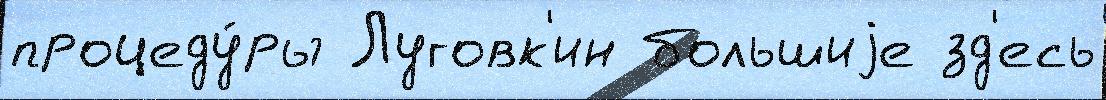
процеду́ры Луговк'ин большиjе зд'есь